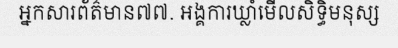
អ្នកសារព័ត៌មាន៧៧. អង្គការឃ្លាំមើលសិទ្ធិមនុស្ស